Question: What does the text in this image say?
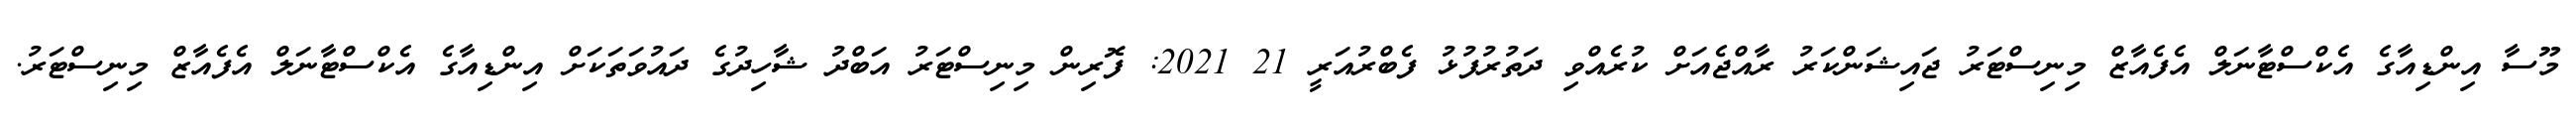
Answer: މޫސާ އިންޑިއާގެ އެކްސްޓާނަލް އެފެއާޒް މިނިސްޓަރު ޖައިޝަންކަރު ރާއްޖެއަށް ކުރެއްވި ދަތުރުފުޅު ފެބްރުއަރީ 21 2021: ފޮރިން މިނިސްޓަރު އަބްދު ޝާހިދުގެ ދައުވަތަކަށް އިންޑިއާގެ އެކްސްޓާނަލް އެފެއާޒް މިނިސްޓަރު.